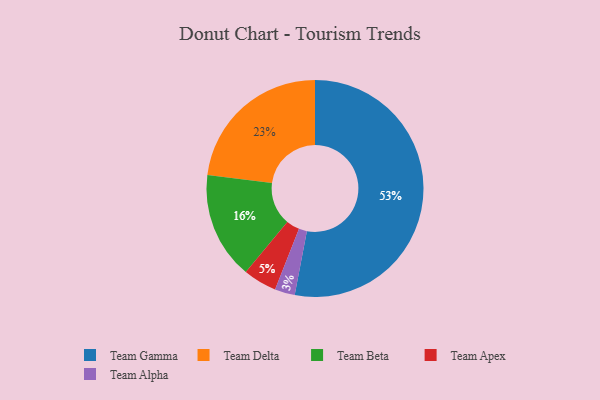
{"axis": {"x": "Category", "y": "Percentage"}, "legend": ["Team Alpha", "Team Apex", "Team Beta", "Team Delta", "Team Gamma"], "data": [{"x": "Team Alpha", "y": 3, "type": "Team Alpha"}, {"x": "Team Gamma", "y": 53, "type": "Team Gamma"}, {"x": "Team Apex", "y": 5, "type": "Team Apex"}, {"x": "Team Beta", "y": 16, "type": "Team Beta"}, {"x": "Team Delta", "y": 23, "type": "Team Delta"}]}